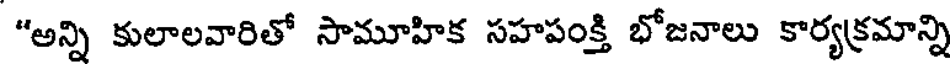
"అన్ని కులాలవారితో సామూహిక సహపంక్తి భోజనాలు కార్యక్రమాన్ని